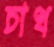
চাখ